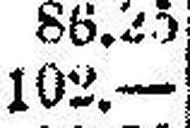
102.—